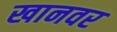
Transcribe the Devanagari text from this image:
खानवर